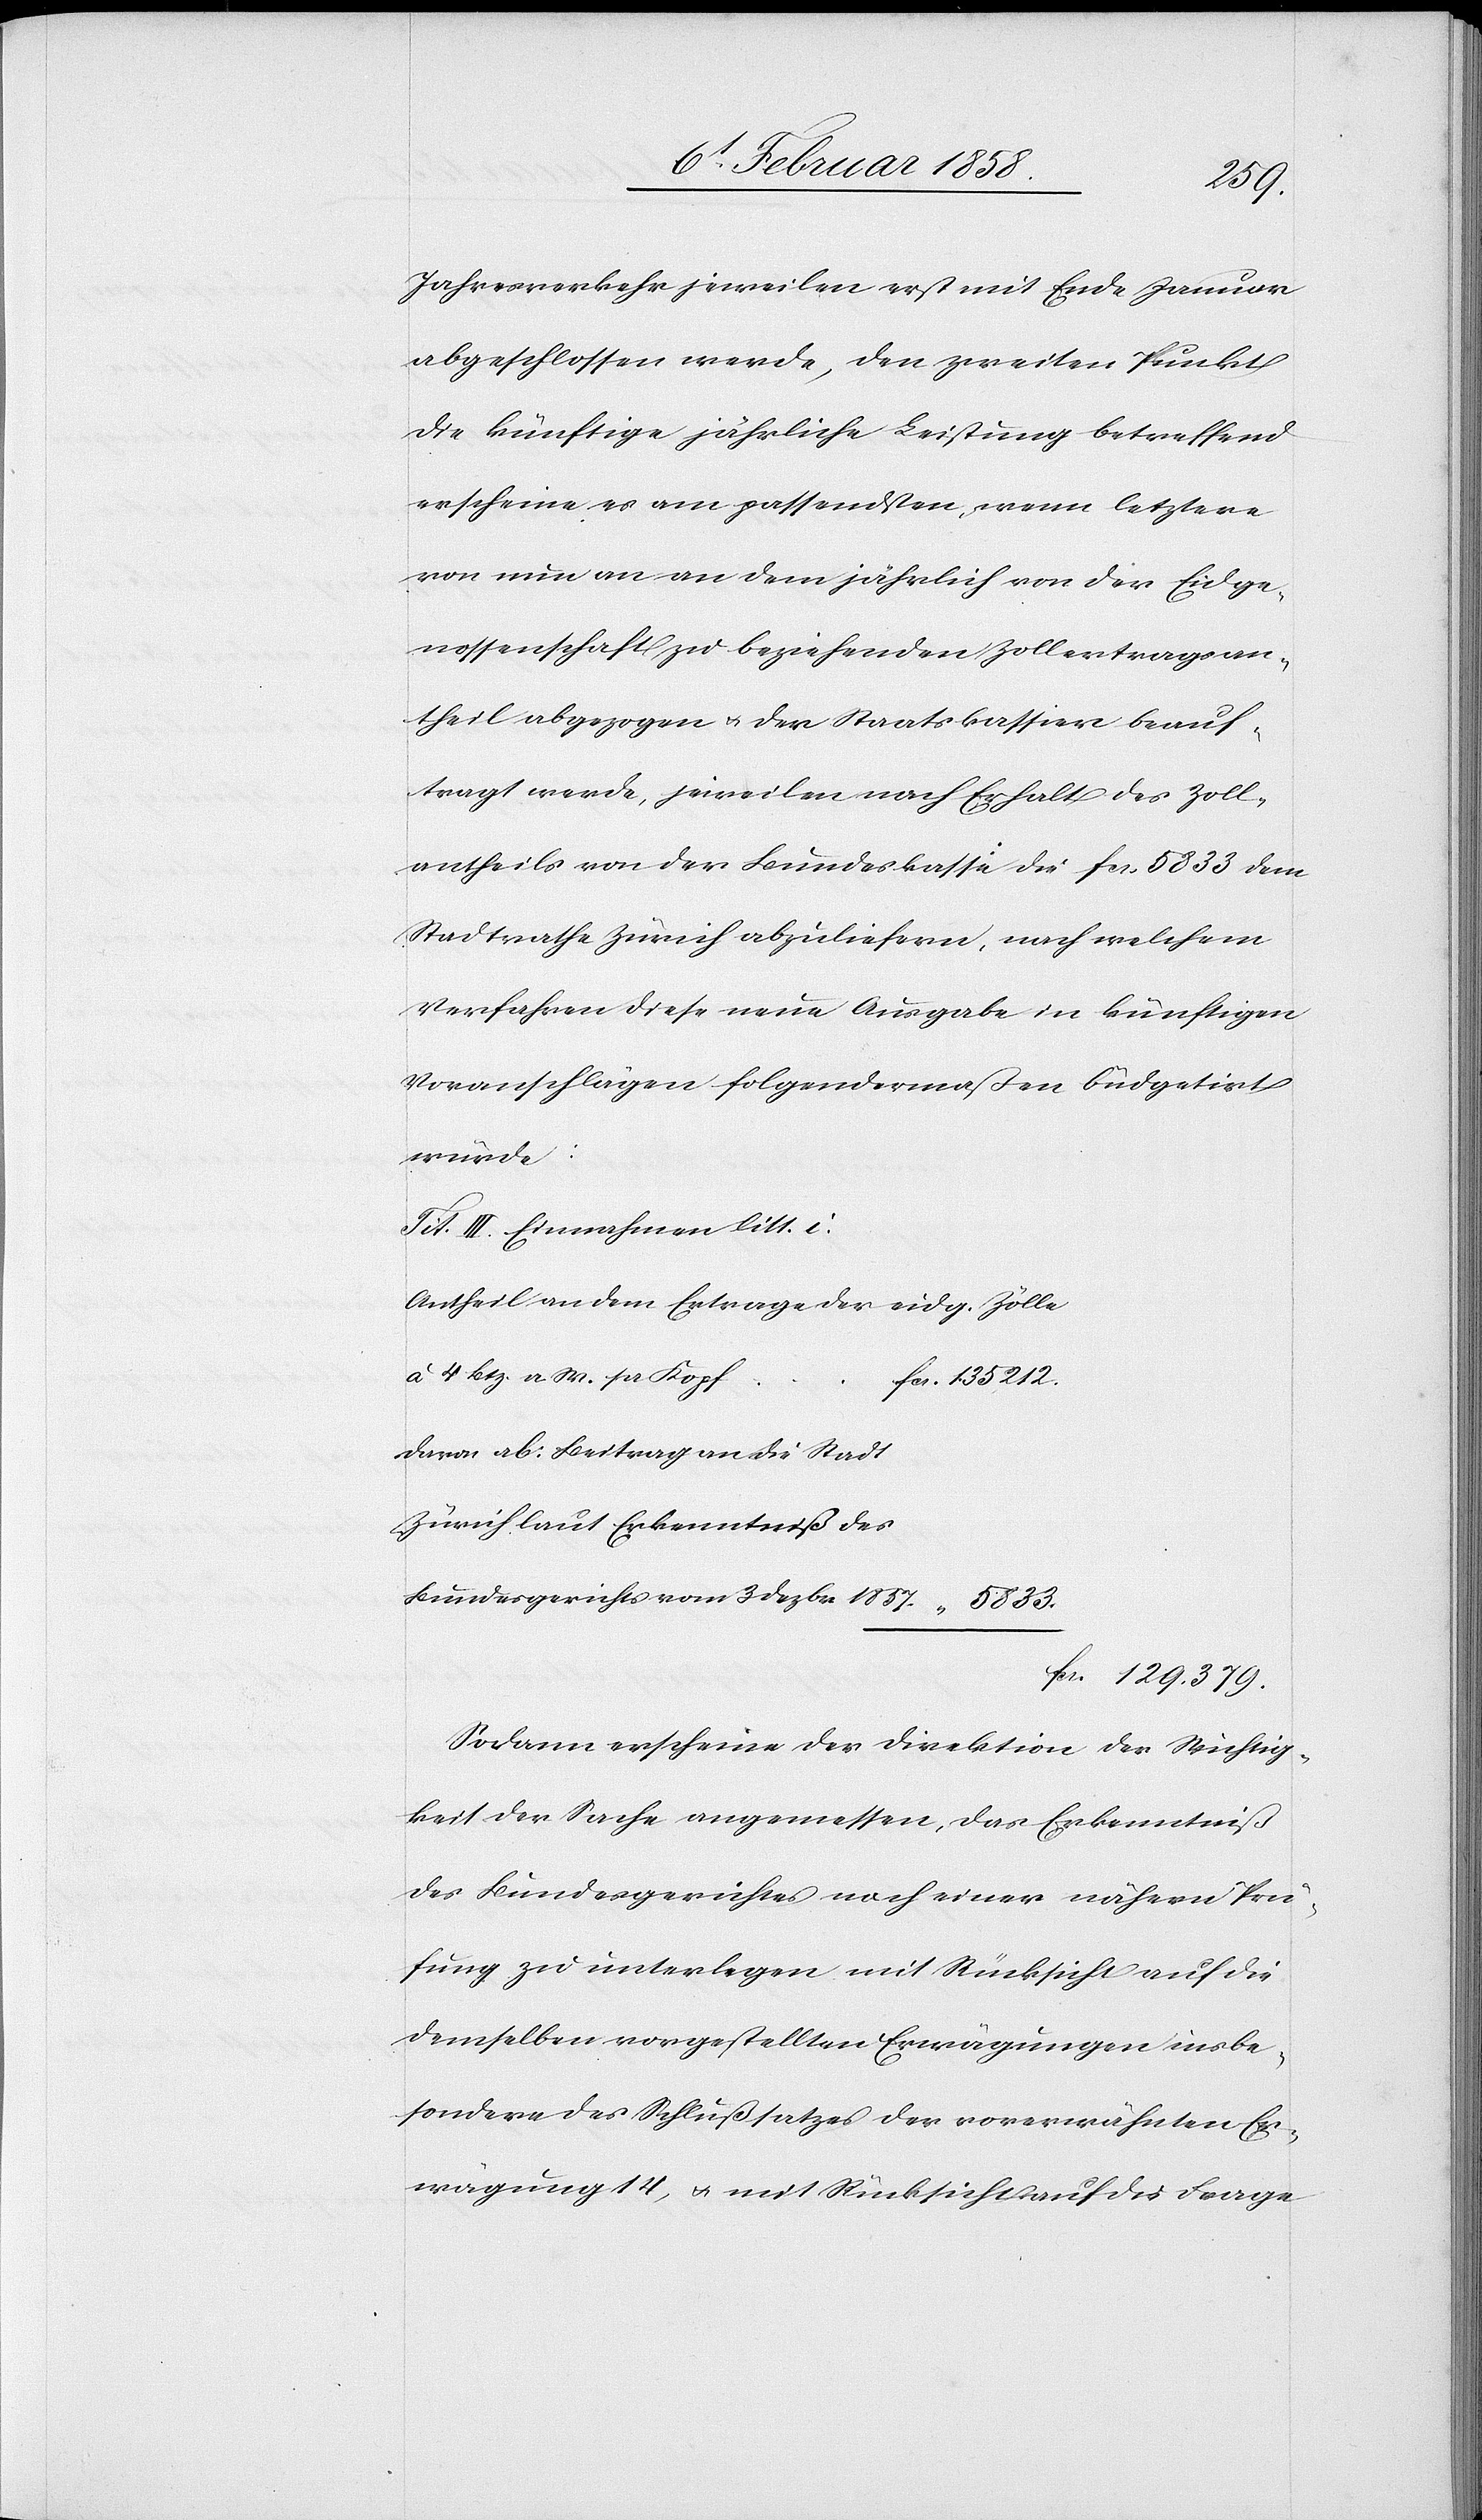
Jahresverkehr jeweilen erst mit Ende Januar
abgeschlossen werde, den zweiten Punkt
die künftige jährliche Leistung betreffend
erscheine es am passendsten, wenn letztere
von nun an an dem jährlich von der Eidge¬
nossenschaft zu beziehenden Zollertragsan¬
theil abgezogen u. der Staatskassier beauf¬
tragt werde, jeweilen nach Erhalt des Zoll¬
antheils von der Bundeskasse die fcs. 5833 dem
Stadrathe Zürich abzuliefern, nach welchem
Verfahren diese neue Ausgabe in künftigen
Voranschlägen folgendermaßen büdgetirt
würde:
Tit. III Einnahmen litt. i.
Antheil an dem Ertrage der eidg. Zölle
à 4 Btz. a. W. pr. Kop¬
f	fcs. 135,212.
Davon ab: Beitrag an die Stadt
Zürich laut Erkenntniß des
Bundesgerichtes vom 3 Dezbr. 1857
fcs. 129.379
Sodann erscheine der Direktion der Wichtig¬
keit der Sache angemessen, das Erkenntniß
des Bundesgerichtes noch einer nähern Prü¬
fung zu unterlegen mit Rücksicht auf die
demselben vorgestellten Erwägungen insbe¬
sondere des Schlußsatzes der vorerwähnten Er¬
wägung 14, u. mit Rücksicht auf die Frage